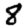
Digit: 8